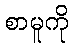
စာမူကို